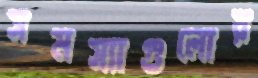
সমস্যাগুলোর